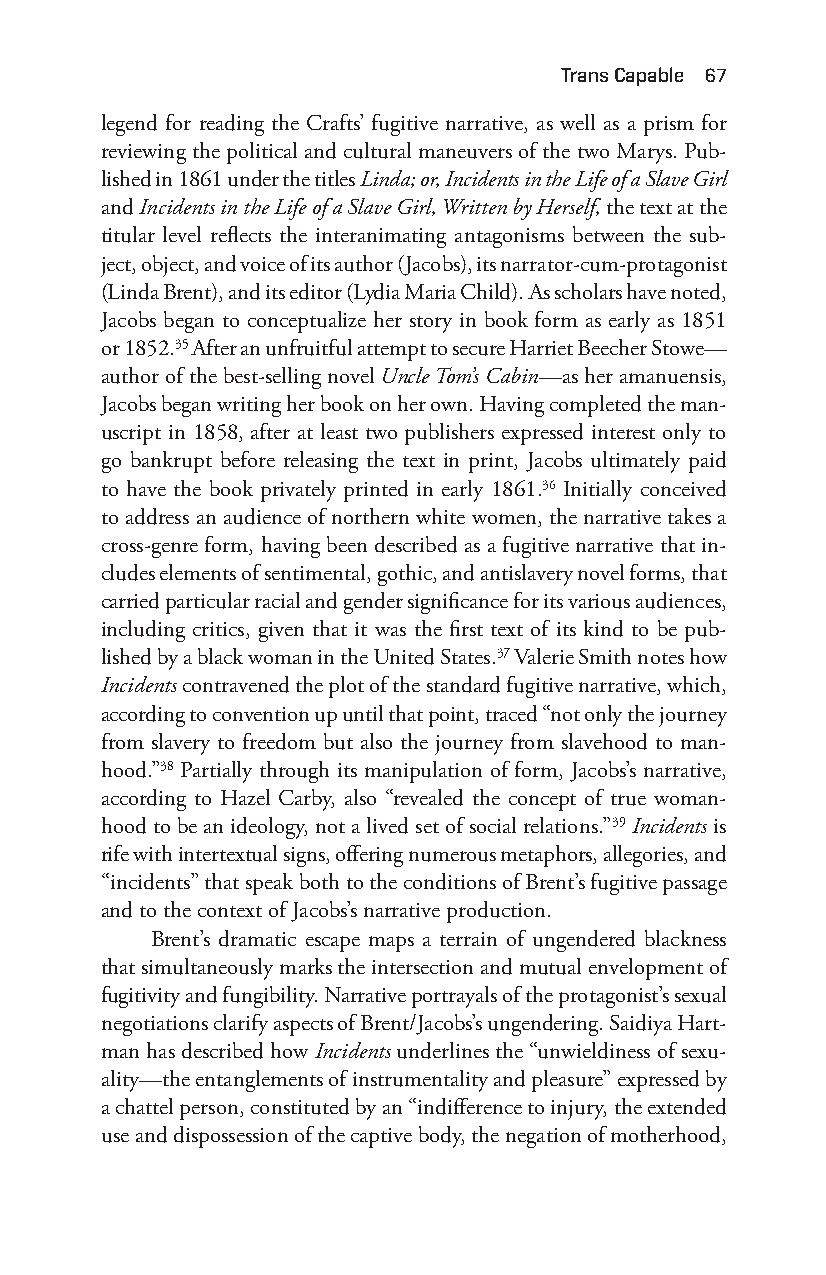
trans capable 67
 legend for reading the Crafts’ fugitive narrative, as well as a prism for
 reviewing the political and cultural maneuvers of the two Marys. Pub-
 lished in 1861 under the titles Linda; or, Incidents in the Life of a Slave Girl
 and Incidents in the Life of a Slave Girl, Written by Herself, the text at the
 titular level reflects the interanimating antagonisms between the sub-
 ject, object, and voice of its author (Jacobs), its narrator- cum- protagonist
 (Linda Brent), and its editor (Lydia Maria Child). As scholars have noted,
 Jacobs began to conceptualize her story in book form as early as 1851
 or 1852.35 After an unfruitful attempt to secure Harriet Beecher Stowe—
 author of the best- selling novel Uncle Tom’s Cabin— as her amanuensis,
 Jacobs began writing her book on her own. Having completed the man-
 uscript in 1858, after at least two publishers expressed interest only to
 go bankrupt before releasing the text in print, Jacobs ultimately paid
 to have the book privately printed in early 1861.36 Initially conceived
 to address an audience of northern white women, the narrative takes a
 cross- genre form, having been described as a fugitive narrative that in-
 cludes elements of sentimental, gothic, and antislavery novel forms, that
 carried particular racial and gender significance for its various audiences,
 including critics, given that it was the first text of its kind to be pub-
 lished by a black woman in the United States.37 Valerie Smith notes how
 Incidents contravened the plot of the standard fugitive narrative, which,
 according to convention up until that point, traced “not only the journey
 from slavery to freedom but also the journey from slavehood to man-
 hood.”38 Partially through its manipulation of form, Jacobs’s narrative,
 according to Hazel Carby, also “revealed the concept of true woman-
 hood to be an ideology, not a lived set of social relations.”39 Incidents is
 rife with intertextual signs, offering numerous metaphors, allegories, and
 “incidents” that speak both to the conditions of Brent’s fugitive passage
 and to the context of Jacobs’s narrative production.
 Brent’s dramatic escape maps a terrain of ungendered blackness
 that simultaneously marks the intersection and mutual envelopment of
 fugitivity and fungibility. Narrative portrayals of the protagonist’s sexual
 negotiations clarify aspects of Brent/Jacobs’s ungendering. Saidiya Hart-
 man has described how Incidents underlines the “unwieldiness of sexu-
 ality— the entanglements of instrumentality and pleasure” expressed by
 a chattel person, constituted by an “indifference to injury, the extended
 use and dispossession of the captive body, the negation of motherhood,
 Snorton.indd 67                             29/09/2017 8:41:01 AM